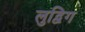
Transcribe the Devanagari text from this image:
लुद्विग